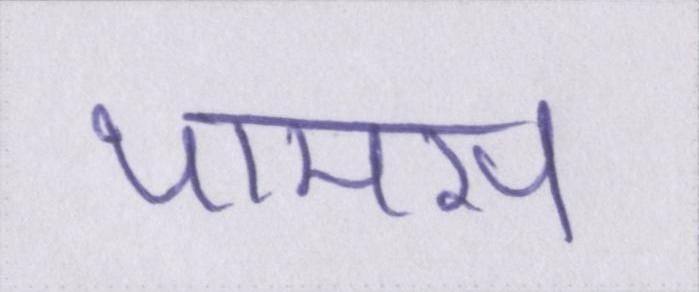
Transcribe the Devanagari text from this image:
थामस